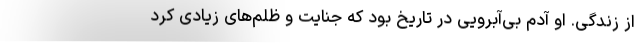
از زندگی. او آدم بی‌آبرویی در تاریخ بود که جنایت و ظلم‌های زیادی کرد